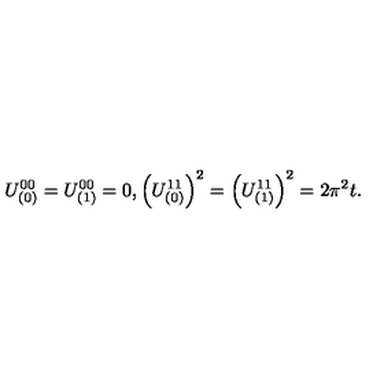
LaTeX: U _ { ( 0 ) } ^ { 0 0 } = U _ { ( 1 ) } ^ { 0 0 } = 0 , \left( U _ { ( 0 ) } ^ { 1 1 } \right) ^ { 2 } = \left( U _ { ( 1 ) } ^ { 1 1 } \right) ^ { 2 } = 2 \pi ^ { 2 } t .